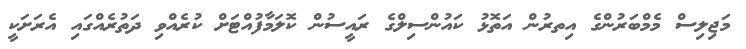
މަޖިލިސް މެމްބަރުންގެ އިތރުުން އަތޮޅު ކައުންސިލްގެ ރައީސުން ކޮލަމާފުއްޓަށް ކުރެއްވި ދަތުރެއްގައި އެރަށަކީ